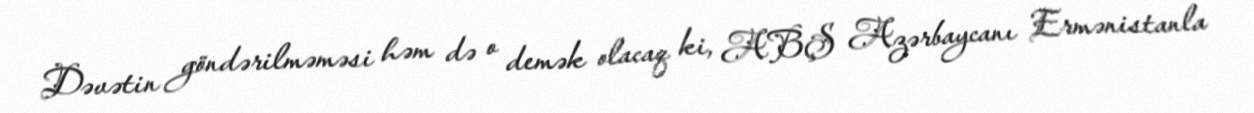
Dəvətin göndərilməməsi həm də o demək olacaq ki, ABŞ Azərbaycanı Ermənistanla